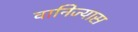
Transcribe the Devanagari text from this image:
वानिज्यास